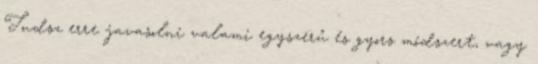
Tudsz erre javasolni valami egyszerű és gyors módszert, vagy